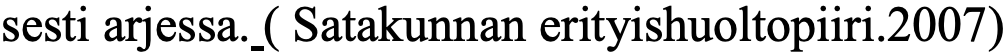
sesti arjessa. ( Satakunnan erityishuoltopiiri.2007)